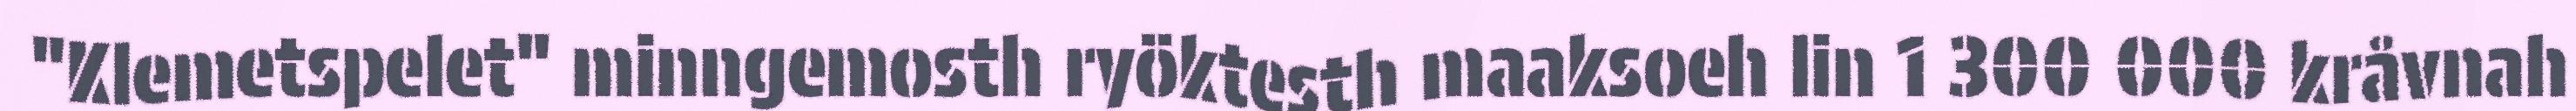
"Klemetspelet" minngemosth ryöktesth maaksoeh lin 1 300 000 kråvnah